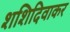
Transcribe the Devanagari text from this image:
शशिदिवाकर